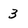
Character: 3